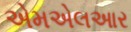
એમએલઆર